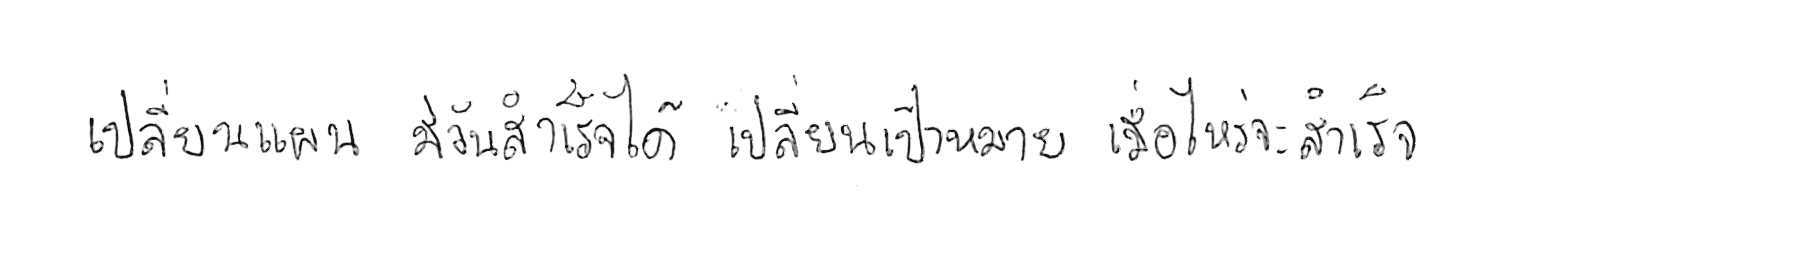
เปลี่ยนแผน มีวันสำเร็จได้ เปลี่ยนเป้าหมาย เมื่อไหร่จะสำเร็จ